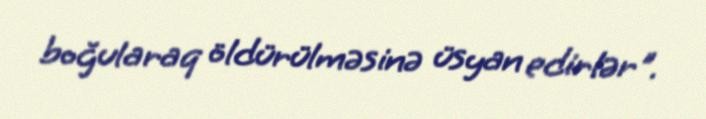
boğularaq öldürülməsinə üsyan edirlər".